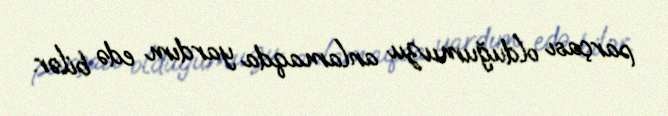
parçası olduğumuzu anlamaqda yardım edə bilər.